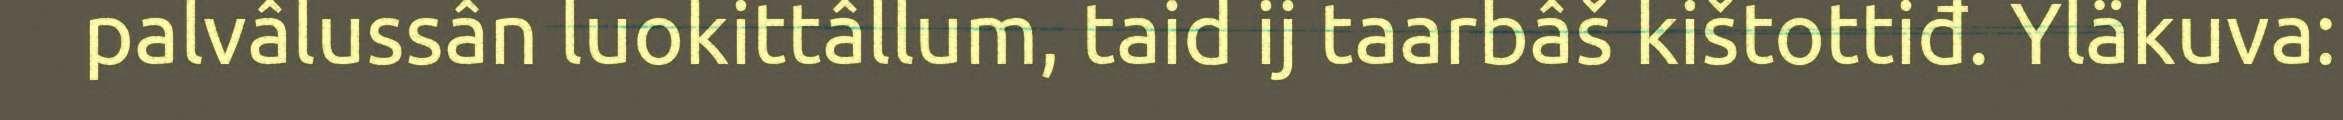
palvâlussân luokittâllum, taid ij taarbâš kištottiđ. Yläkuva: